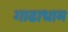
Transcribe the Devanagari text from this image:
गाढाधाम